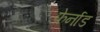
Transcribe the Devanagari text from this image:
फ़ेर्नाड